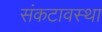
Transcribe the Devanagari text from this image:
संकटावस्था